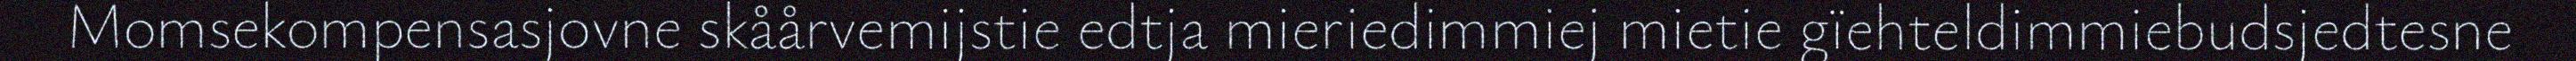
Momsekompensasjovne skåårvemijstie edtja mieriedimmiej mietie gïehteldimmiebudsjedtesne